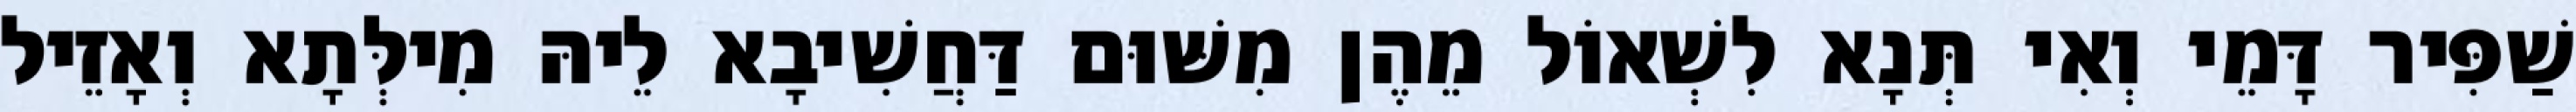
שַׁפִּיר דָּמֵי וְאִי תְּנָא לִשְׁאוֹל מֵהֶן מִשּׁוּם דַּחֲשִׁיבָא לֵיהּ מִילְּתָא וְאָזֵיל